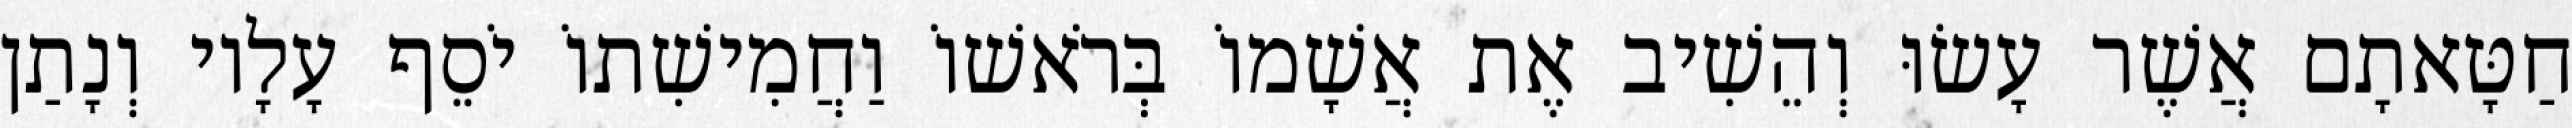
חַטָּאתָם אֲשֶׁר עָשׂוּ וְהֵשִׁיב אֶת אֲשָׁמוֹ בְּרֹאשׁוֹ וַחֲמִישִׁתוֹ יֹסֵף עָלָיו וְנָתַן